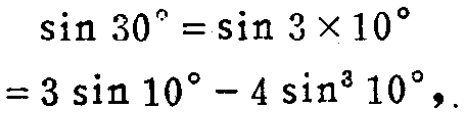
\[
\begin{align*}
\sin 30^{\circ}&=\sin 3\times 10^{\circ}\\
&=3\sin 10^{\circ}-4\sin^{3} 10^{\circ},
\end{align*}
\]